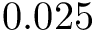
0 . 0 2 5